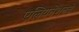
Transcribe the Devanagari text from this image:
एलियनेशनचे